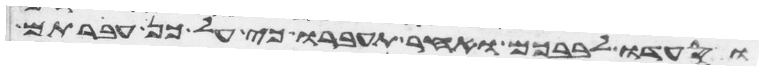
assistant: וסעדו לבבכם ואחר תעברו כי על כן עברתם